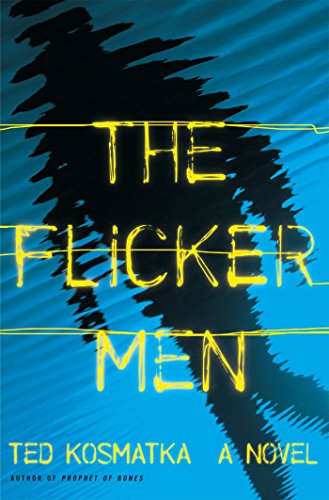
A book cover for The Flicker Men: A Novel; Ted Kosmatka; Science Fiction & Fantasy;